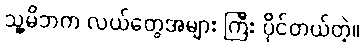
သူ့မိဘက လယ်တွေအများ ကြီး ပိုင်တယ်တဲ့။